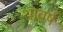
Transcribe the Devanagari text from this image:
थावर्ष